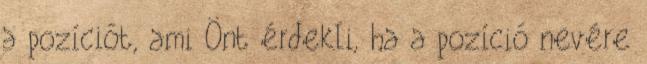
a pozíciót, ami Önt érdekli, ha a pozíció nevére